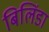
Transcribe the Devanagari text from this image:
बिलिंडा